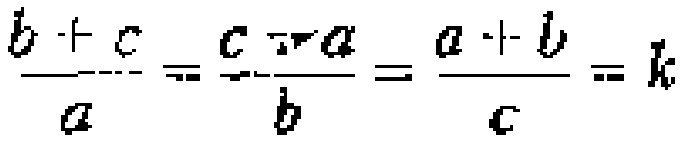
$\frac{b + c}{a}=\frac{c + a}{b}=\frac{a + b}{c}=k$